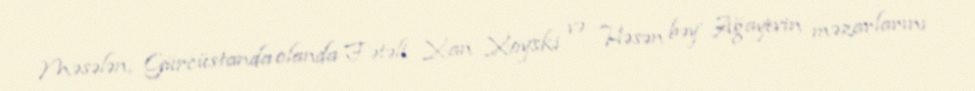
Məsələn, Gürcüstanda olanda Fətəli Xan Xoyski və Həsən bəy Ağayevin məzarlarını